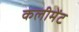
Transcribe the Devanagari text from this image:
कलीमेंट